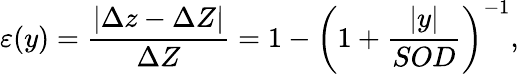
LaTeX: \varepsilon(y)=\frac{\lvert\Delta z-\Delta Z\rvert}{\Delta Z}=1-\left(1+\frac{\lvert y\rvert}{SOD}\right)^{-1},